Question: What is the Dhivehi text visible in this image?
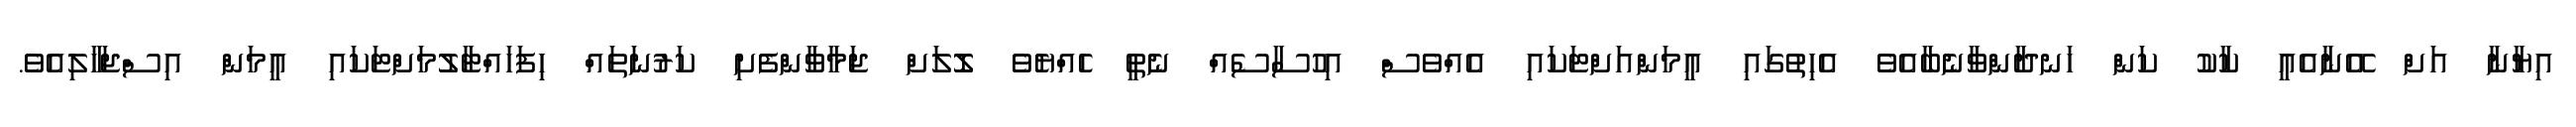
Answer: އިޔާނާ އަށް އޭނާއެއީ ކާކު ކަން ހަނދާންވާނެބާއެވެ އެހިތުގައި އީމަންއަށްޓަކައި އެއްވެސް އިހުސާސެއް ނެތީ ހެއްޔެވެ ލޮލަށް ޖަމާވާންފެށި ކަރުނަތައް ހިފަހައްޓާލުމަށްޓަކައި އީމަން އިސްޖަހާލިއެވެ.